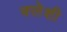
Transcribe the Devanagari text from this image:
क्लेशी